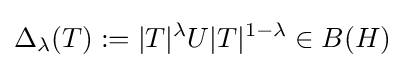
\Delta _{\lambda }(T):=|T|^{\lambda }U|T|^{1-\lambda }\in B(H)